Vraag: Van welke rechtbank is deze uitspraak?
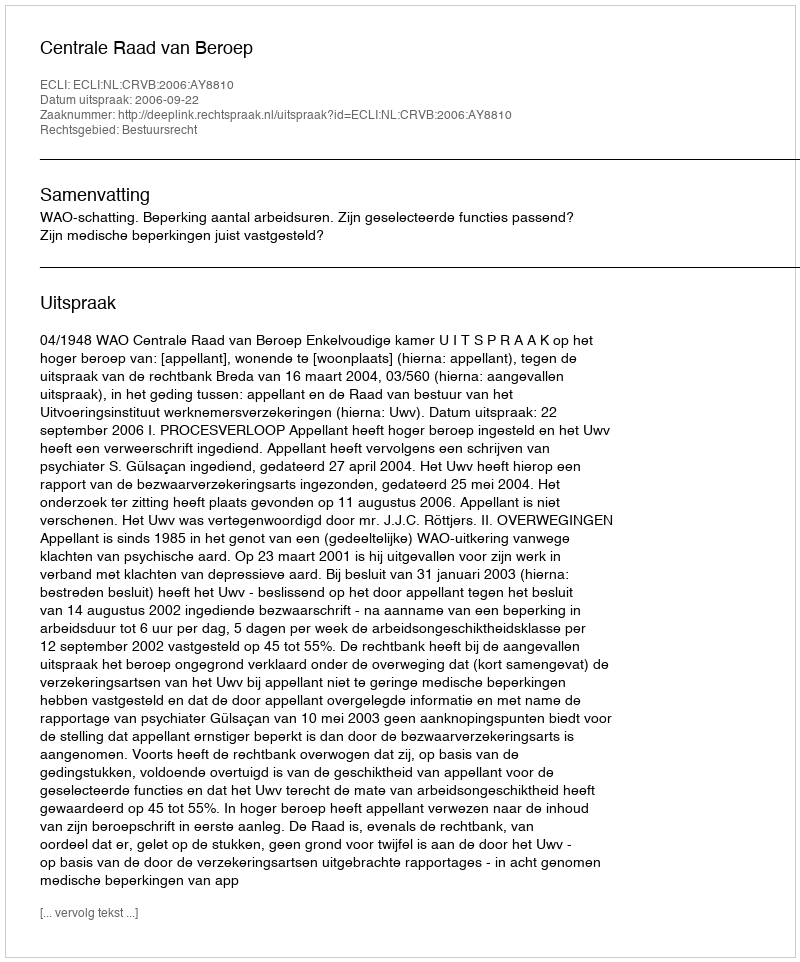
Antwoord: Centrale Raad van Beroep